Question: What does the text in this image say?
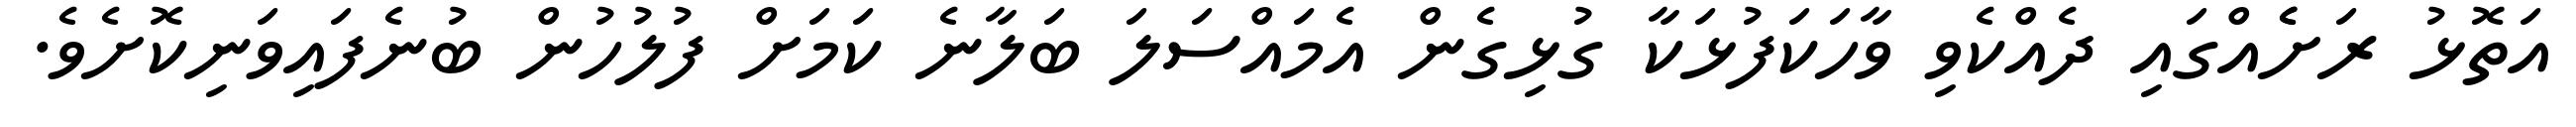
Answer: އަތޮޅު ރަށެެއްގައި ދެއްކެވި ވާހަކަފުޅަކާ ގުޅިގެން އެމައްސަލަ ބަލާނެ ކަމަށް ފުލުހުން ބުނެފައިވަނިކޮށެވެ.